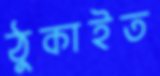
ঠুকাইত